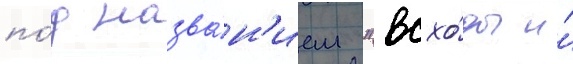
по́д назва́н'ием "всхо́ды и́